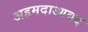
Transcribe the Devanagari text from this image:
अहमदाआबद